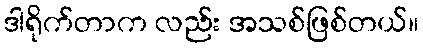
ဒါရိုက်တာက လည်း အသစ်ဖြစ်တယ်။